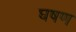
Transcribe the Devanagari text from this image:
घषण